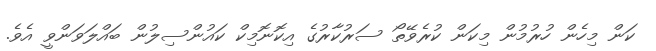
ކަން މިހެން ހުރުމުން މިކަން ކުރެވޭތޯ ސަރުކާރުގެ އިކޮނޮމިކް ކައުންސިލުން ބައްލަވަންވީ އެވެ.